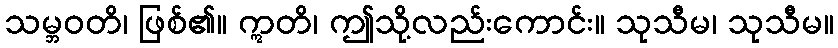
သမ္ဘဝတိ၊ ဖြစ်၏။ ဣတိ၊ ဤသို့လည်းကောင်း။ သုသီမ၊ သုသီမ။